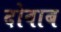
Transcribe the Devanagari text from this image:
दोवाब